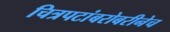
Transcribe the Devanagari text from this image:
चित्रपटांबरोबरीनेच